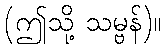
(ဤသို့ သမ္ဗန်)။